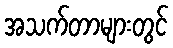
အသက်တာများတွင်